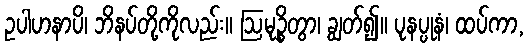
ဥပါဟနာပိ၊ ဘိနပ်တို့ကိုလည်း။ ဩမုဉ္စိတွာ၊ ချွတ်၍။ ပုနပ္ပုနံ၊ ထပ်ကာ,